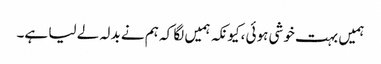
ہمیں بہت خوشی ہوئی ،کیونکہ ہمیں لگا کہ ہم نے بدلہ لے لیا ہے۔